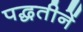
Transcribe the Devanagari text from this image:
पद्धतीनें